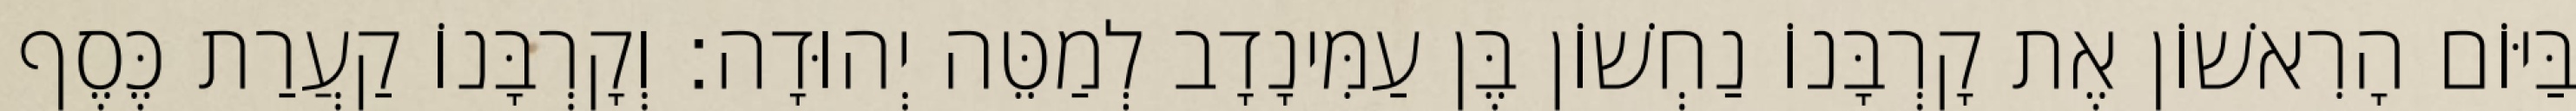
בַּיּוֹם הָרִאשׁוֹן אֶת קָרְבָּנוֹ נַחְשׁוֹן בֶּן עַמִּינָדָב לְמַטֵּה יְהוּדָה׃ וְקָרְבָּנוֹ קַעֲרַת כֶּסֶף